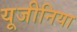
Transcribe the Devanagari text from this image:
यूजीनिया